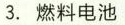
3.燃料电池